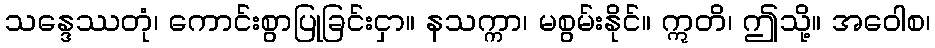
သန္ဒေဿတုံ၊ ကောင်းစွာပြုခြင်းငှာ။ နသက္ကာ၊ မစွမ်းနိုင်။ ဣတိ၊ ဤသို့။ အဝေါစ၊